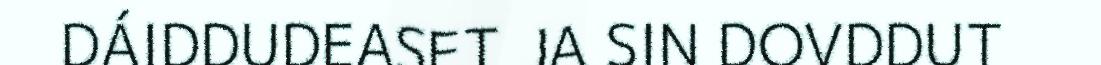
DÁIDDUDEASET JA SIN DOVDDUT